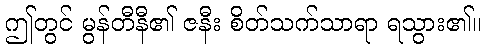
ဤတွင် မွန်တီနီ၏ ဇနီး စိတ်သက်သာရာ ရသွား၏။